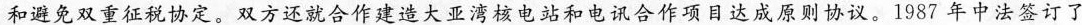
和避免双重征税协定。双方还就合作建造大亚湾核电站和电讯合作项目达成原则协议。1987年中法签订了